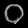
Digit: ၀